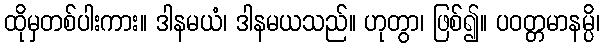
ထိုမှတစ်ပါးကား။ ဒါနမယံ၊ ဒါနမယသည်။ ဟုတွာ၊ ဖြစ်၍။ ပဝတ္တမာနမ္ပိ၊